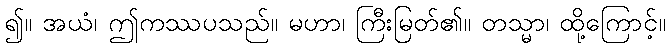
၍။ အယံ၊ ဤကဿပသည်။ မဟာ၊ ကြီးမြတ်၏။ တသ္မာ၊ ထို့ကြောင့်။